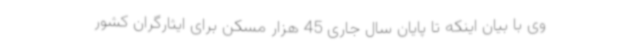
وی با بیان اینکه تا پایان سال جاری 45 هزار مسکن برای ایثارگران کشور